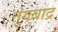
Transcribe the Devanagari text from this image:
तुंगबाद्र